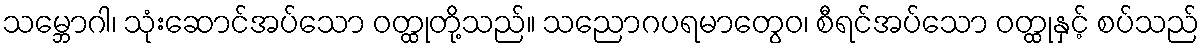
သမ္ဘောဂါ၊ သုံးဆောင်အပ်သော ဝတ္ထုတို့သည်။ သညောဂပရမာတွေဝ၊ စီရင်အပ်သော ဝတ္ထုနှင့် စပ်သည်